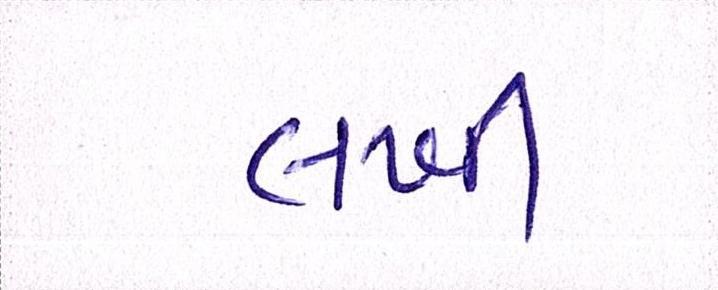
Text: લખી